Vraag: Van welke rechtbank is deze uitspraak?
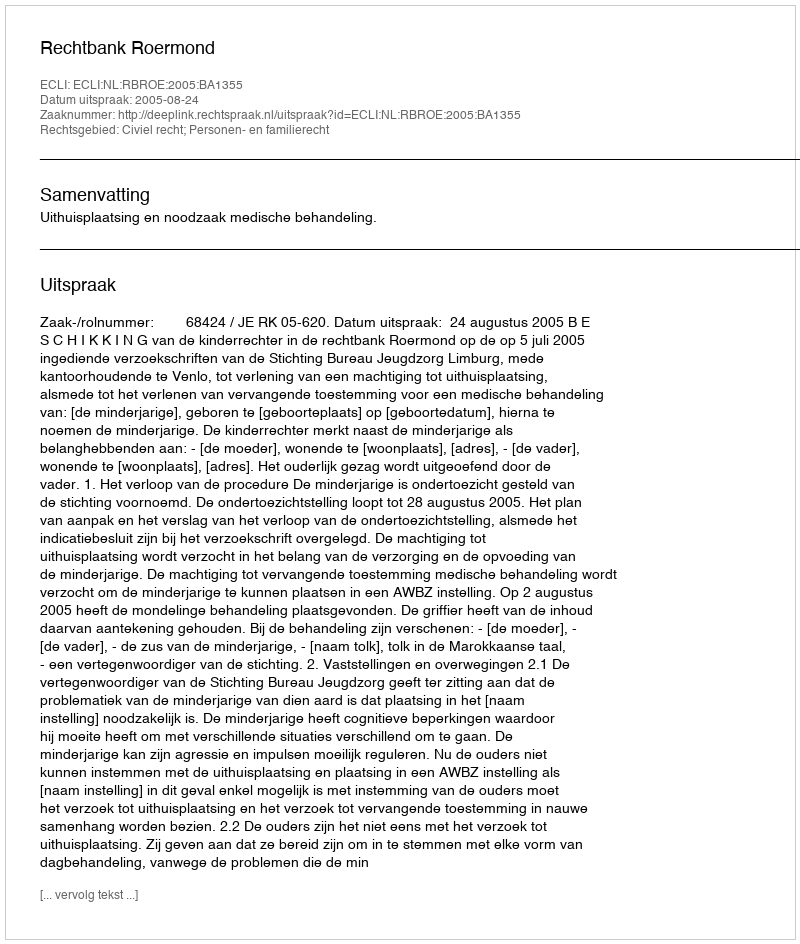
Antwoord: Rechtbank Roermond